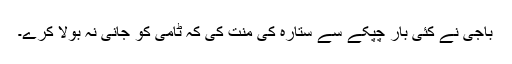
باجی نے کئی بار چپکے سے ستارہ کی منت کی کہ ٹامی کو جانی نہ بولا کرے۔